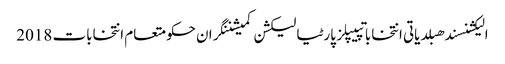
الیکشنسندھبلدیاتی انتخاباتپیپلز پارٹیالیکشن کمیشننگران حکومتعام انتخابات 2018